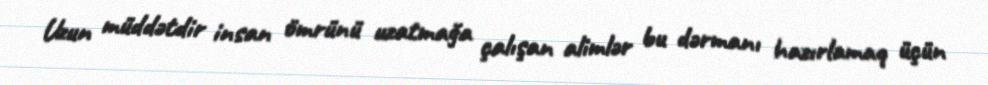
Uzun müddətdir insan ömrünü uzatmağa çalışan alimlər bu dərmanı hazırlamaq üçün